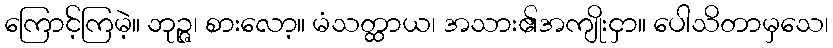
ကြောင့်ကြမဲ့။ ဘုဉ္ဇ၊ စားလော့။ မံသတ္ထာယ၊ အသား၏အကျိုးငှာ။ ပေါသိတာမှသေ၊